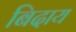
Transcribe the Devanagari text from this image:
बिदाय